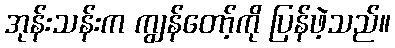
အုန်းသန်းက ကျွန်တော့်ကို ပြန်ဖဲ့သည်။